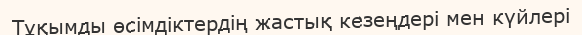
Тұқымды өсімдіктердің жастық кезеңдері мен күйлері